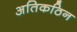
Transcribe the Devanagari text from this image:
अतिकठिन